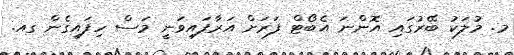
މ. މުލަކު ބޭރުގައި އޮންނަ އެބޯޓް ފަރަށް އަރާފައިވަނީ މަސް ހިފައިގެން ގއ.